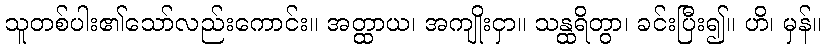
သူတစ်ပါး၏သော်လည်းကောင်း။ အတ္ထာယ၊ အကျိုးငှာ။ သန္ထရိတွာ၊ ခင်းပြီး၍။ ဟိ၊ မှန်။